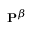
\mathbf { P } ^ { \beta }